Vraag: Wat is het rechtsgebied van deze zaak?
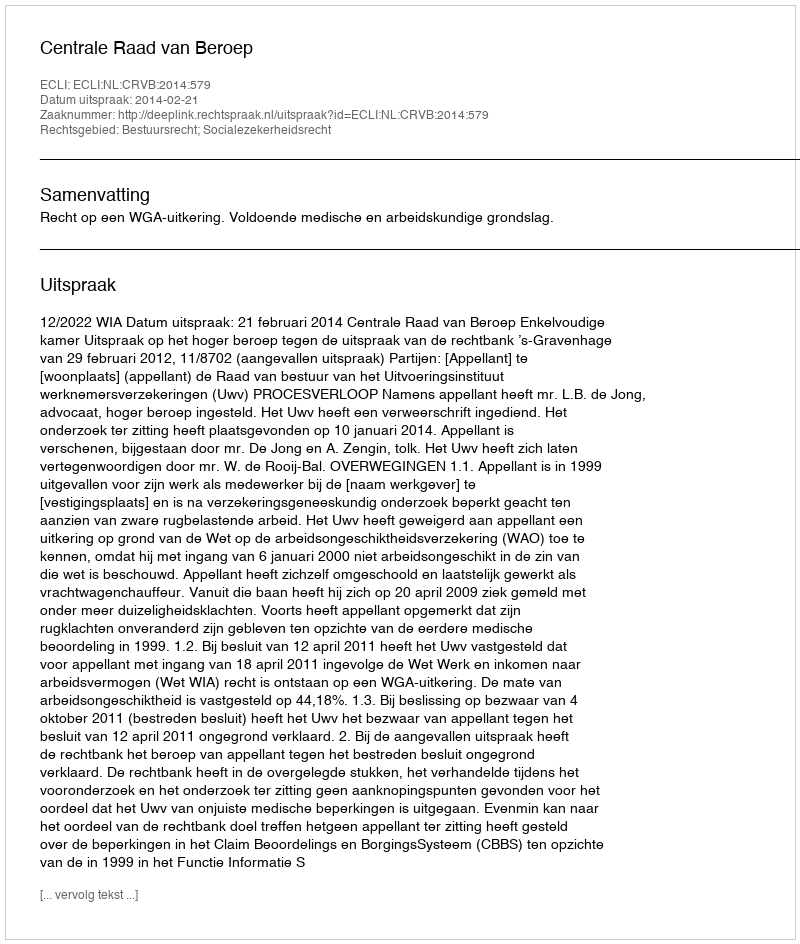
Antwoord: Bestuursrecht; Socialezekerheidsrecht